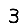
Digit: 3